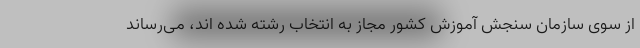
از سوی سازمان سنجش آموزش کشور مجاز به انتخاب رشته شده اند، می‌رساند